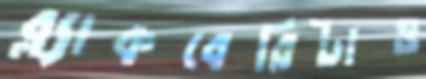
ব্ল্যাকবেরিটাও